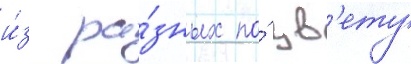
и́з ра́зных по́ цв'ету